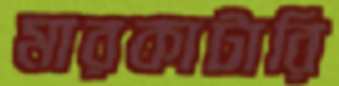
মারকাটারি